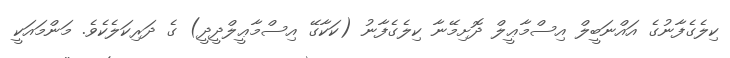
ކިލެގެފާނުގެ އައްނަބީލް އިސްމާޢީލް ދޮށިމޭނާ ކިލެގެފާނު (ކަކާގޭ އިސްމާޢީލްދީދީ) ގެ ދަރިކަލެކެވެ. މަންމައަކީ